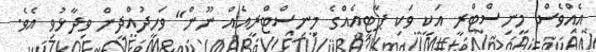
އެއްވެސް މިނިސްޓްރީ އަކީ ވަކި ޕާޓީއެއްގެ މިނިސްޓްރީއެއް ނޫން" ވަހީދުއްދީން ވިދާޅުވި އެވެ.